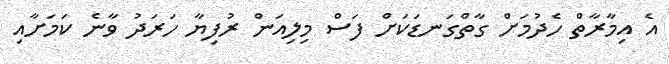
އެ އިމާރާތް ހެދުމަށް ގާތްގަނޑަކަށް ފަސް މިލިއަން ރުފިޔާ ހަރަދު ވާނެ ކަމަށާއި